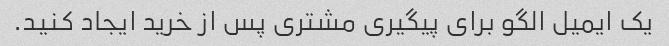
یک ایمیل الگو برای پیگیری مشتری پس از خرید ایجاد کنید.